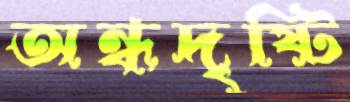
অন্ধদৃষ্টি